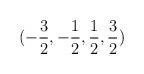
LaTeX: \begin{align*}(-\frac{3}{2},-\frac{1}{2},\frac{1}{2},\frac{3}{2})\protect\end{align*}